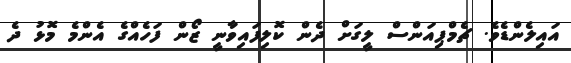
އައިލެންޑެވެ. ޗެމްޕިއަންސް ލީގަށް ދެން ކޮލިފައިވާނީ ޒޯން ފަހެއްގެ އެންމެ މޮޅު ދެ